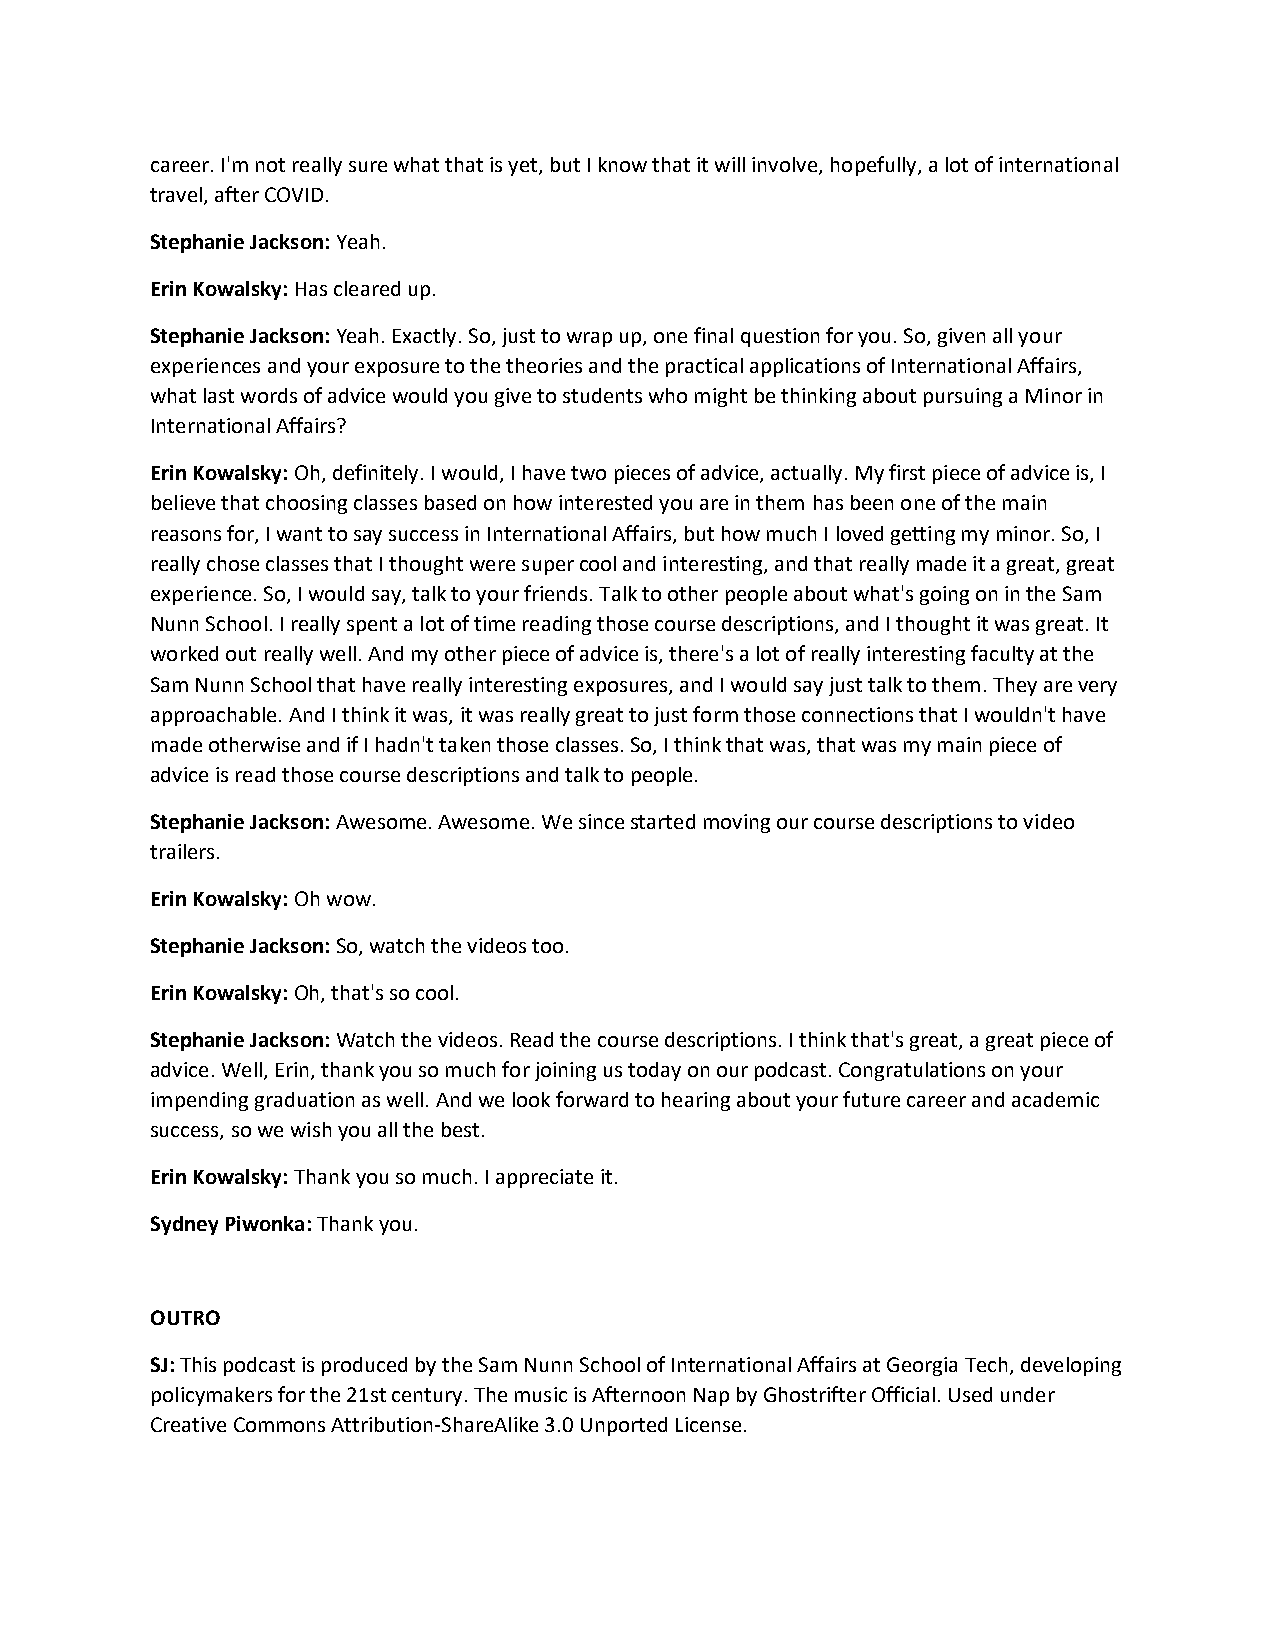
career. I'm not really sure what that is yet, but I know that it will involve, hopefully, a lot of international
 travel, after COVID.
 Stephanie Jackson: Yeah.
 Erin Kowalsky: Has cleared up.
 Stephanie Jackson: Yeah. Exactly. So, just to wrap up, one final question for you. So, given all your
 experiences and your exposure to the theories and the practical applications of International Affairs,
 what last words of advice would you give to students who might be thinking about pursuing a Minor in
 International Affairs?
 Erin Kowalsky: Oh, definitely. I would, I have two pieces of advice, actually. My first piece of advice is, I
 believe that choosing classes based on how interested you are in them has been one of the main
 reasons for, I want to say success in International Affairs, but how much I loved getting my minor. So, I
 really chose classes that I thought were super cool and interesting, and that really made it a great, great
 experience. So, I would say, talk to your friends. Talk to other people about what's going on in the Sam
 Nunn School. I really spent a lot of time reading those course descriptions, and I thought it was great. It
 worked out really well. And my other piece of advice is, there's a lot of really interesting faculty at the
 Sam Nunn School that have really interesting exposures, and I would say just talk to them. They are very
 approachable. And I think it was, it was really great to just form those connections that I wouldn't have
 made otherwise and if I hadn't taken those classes. So, I think that was, that was my main piece of
 advice is read those course descriptions and talk to people.
 Stephanie Jackson: Awesome. Awesome. We since started moving our course descriptions to video
 trailers.
 Erin Kowalsky: Oh wow.
 Stephanie Jackson: So, watch the videos too.
 Erin Kowalsky: Oh, that's so cool.
 Stephanie Jackson: Watch the videos. Read the course descriptions. I think that's great, a great piece of
 advice. Well, Erin, thank you so much for joining us today on our podcast. Congratulations on your
 impending graduation as well. And we look forward to hearing about your future career and academic
 success, so we wish you all the best.
 Erin Kowalsky: Thank you so much. I appreciate it.
 Sydney Piwonka: Thank you.
 OUTRO
 SJ: This podcast is produced by the Sam Nunn School of International Affairs at Georgia Tech, developing
 policymakers for the 21st century. The music is Afternoon Nap by Ghostrifter Official. Used under
 Creative Commons Attribution-ShareAlike 3.0 Unported License.